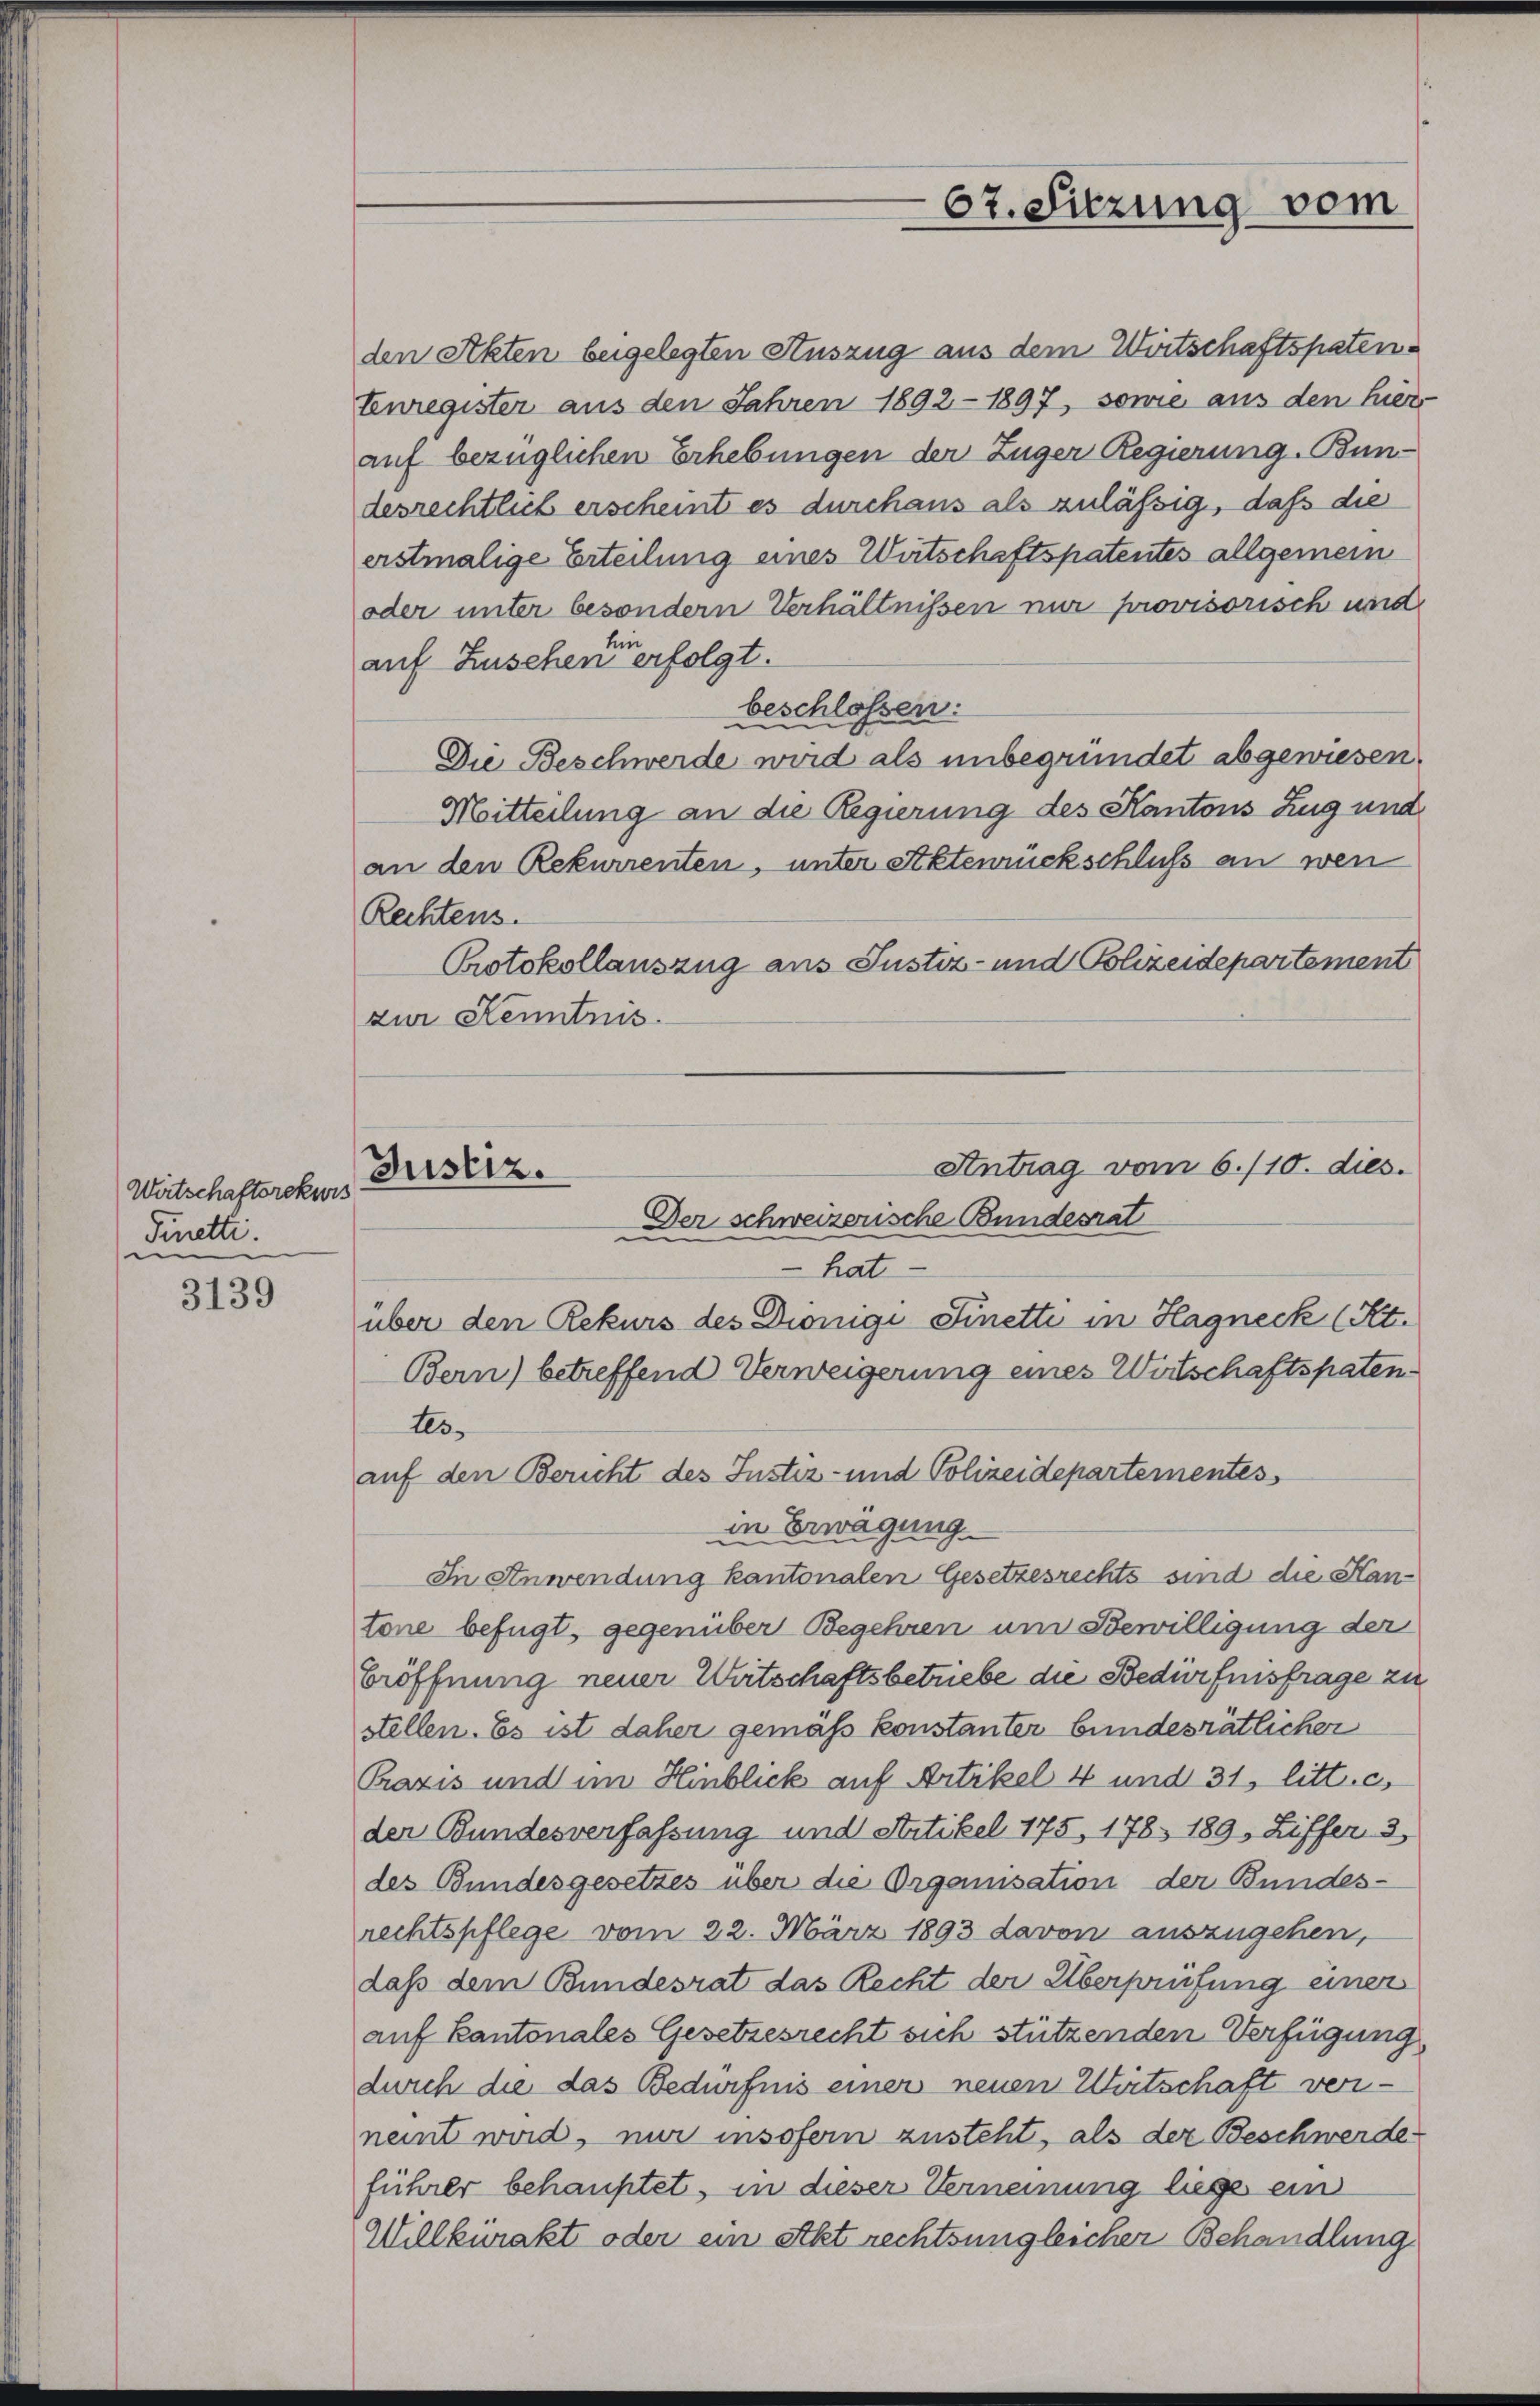
Wirtschaftsrekurs
Finetti.

3139

den Akten beigelegten Auszug aus dem Wirtschaftspaten¬
Eenregister aus den Jahren 1892 -1897, sowie aus den hier-
auf bezüglichen Erhebungen der Zuger Regierung. Bundesrechtlich erscheint es durchaus als zulässig, daß die
erstmalige Erteilung eines Wirtschaftspatentes allgemein
oder unter besondern Verhältnissen nur provisorisch und
in
auf Zusehen erfolgt.
beschlossen:
Die Beschwerde wird als unbegründet abgewiesen.
Mitteilung an die Regierung des Kantons Zug und
an den Rekurrenten, unter Aktenrückschluß an wen
Rechtens.
Protokollauszug aus Justiz- und Polizeidepartement
zur Kenntnis
hat
über den Rekurs des Diönigi Sinetti in Hagneck (Kt.
Bern) betreffend Verweigerung eines Wirtschaftspatentes.
auf den Bericht des Justiz- und Polizeidepartementes
in Erwägung
In Anwendung kantonalen Gesetzesrechts sind die Hantone befügt, gegenüber Begehren um Bewilligung der
Eröffnung neuer Wirtschaftsbetriebe die Bedürfnisfrage zu
stellen. Es ist daher gemas konstanter bundesrätlicher
Praxis und im Hinblick auf Artikel 4 und 31, litt. c,
der Bundesverfassung und Artikel 175, 178. 189, Ziffer 3
des Bundesgesetzes über die Organisation der Bundes-
rechtspflege vom 22. März 1893 davon auszugehen,
daß dem Bundesrat das Recht der Überprüfung einer
auf Kantonales Gesetzesrecht sich stützenden Verfügung
durch die das Bedürfnis einer neuen Wirtschaft verneint wird, nur insofern zusteht, als der Beschwerde
führer behauptet, in dieser Verneinung liege ein
Willkürakt oder ein Akt rechtsungleicher Behandlung

67. Sitzung vom

Antrag vom 6./10. dies.
Justiz.
Der schweizerische Bundesrat